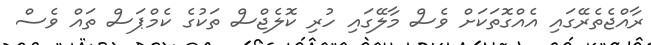
ރާއްޖެތެރޭގައި އެއްގޮތަކަށް ވެސް މާލޭގައި ހުރި ކޮލެޖްސް ތަކުގެ ކެމްޕަސް ތައް ވެސް